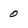
Character: 0